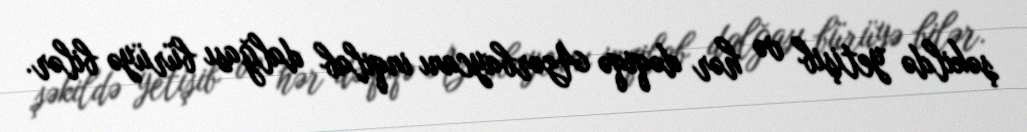
şəkildə yetişib və hər dəqiqə Azərbaycanı inqilab dalğası bürüyə bilər.